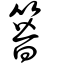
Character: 簪